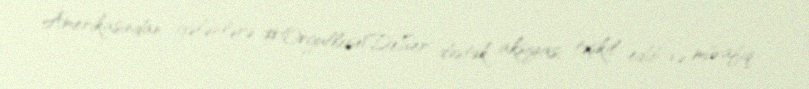
Amerikasından gələnlərə #OrgullosoDeSer dəstək aksiyası təşkil edib və müvafiq